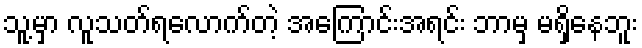
သူ့မှာ လူသတ်ရလောက်တဲ့ အကြောင်းအရင်း ဘာမှ မရှိနေဘူး